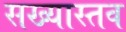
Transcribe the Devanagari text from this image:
सख्यास्तव